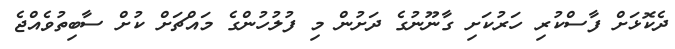
ދެކޮޅަށް ފާސްކުރި ހަރުކަށި ގާނޫނުގެ ދަށުން މި ފުލުހުންގެ މައްޗަށް ކުށް ސާބިތުވެއްޖެ